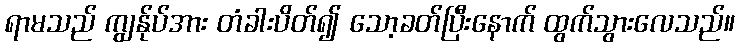
ရာမသည် ကျွန်ုပ်အား တံခါးပိတ်၍ သော့ခတ်ပြီးနောက် ထွက်သွားလေသည်။